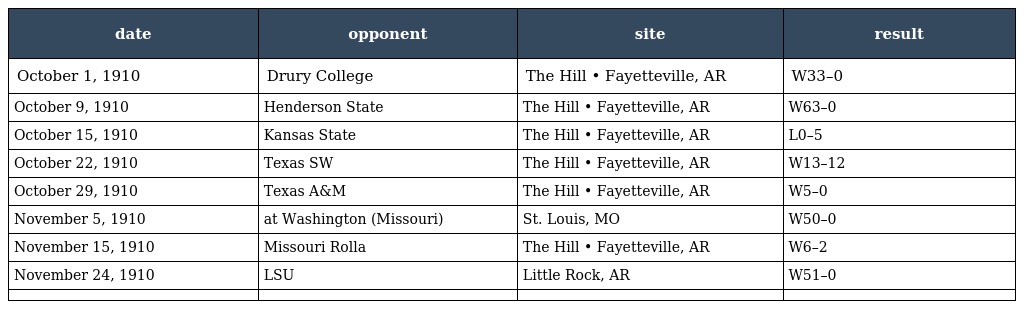
| date | opponent | site | result |
 | --- | --- | --- | --- |
 | October 1, 1910 | Drury College | The Hill • Fayetteville, AR | W33–0 |
 | October 9, 1910 | Henderson State | The Hill • Fayetteville, AR | W63–0 |
 | October 15, 1910 | Kansas State | The Hill • Fayetteville, AR | L0–5 |
 | October 22, 1910 | Texas SW | The Hill • Fayetteville, AR | W13–12 |
 | October 29, 1910 | Texas A&M | The Hill • Fayetteville, AR | W5–0 |
 | November 5, 1910 | at Washington (Missouri) | St. Louis, MO | W50–0 |
 | November 15, 1910 | Missouri Rolla | The Hill • Fayetteville, AR | W6–2 |
 | November 24, 1910 | LSU | Little Rock, AR | W51–0 |
 |  |  |  |  |